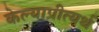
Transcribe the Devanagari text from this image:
केल्याप्रीत्यर्थ